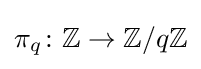
\pi _{q}\colon \mathbb {Z} \to \mathbb {Z} /q\mathbb {Z}